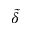
\widetilde { \delta }